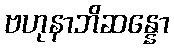
ဗဟုနာဘိဆန္နော